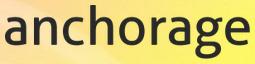
anchorage